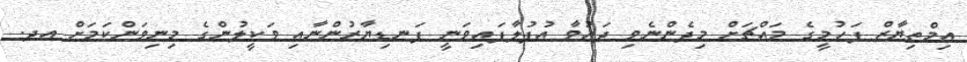
އިމްތިޔާޒް ފަހުމީގެ މައްޗަށް މިދެންނެވި ދައުވާ އުފުލާފައިވަނީ ފަނޑިޔާރުންނާއި ވަކީލުންގެ މިނިވަންކަމަށް އދ.